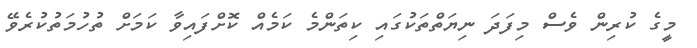
މީގެ ކުރިން ވެސް މިފަދަ ނިޔަތްތަކުގައި ކިތަންމެ ކަމެއް ކޮށްފައިވާ ކަމަށް ތުހުމަތުކުރެވޭ